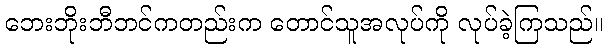
ဘေးဘိုးဘီဘင်ကတည်းက တောင်သူအလုပ်ကို လုပ်ခဲ့ကြသည်။